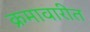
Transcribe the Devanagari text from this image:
क्रमावारीत